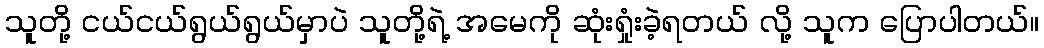
သူတို့ ငယ်ငယ်ရွယ်ရွယ်မှာပဲ သူတို့ရဲ့ အမေကို ဆုံးရှုံးခဲ့ရတယ် လို့ သူက ပြောပါတယ်။